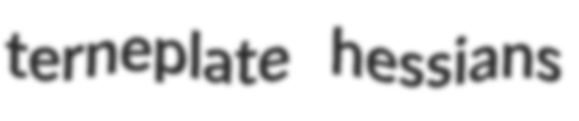
terneplate hessians